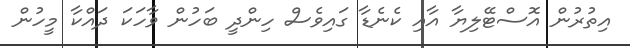
އިތުރުން އޮސްޓޭލިޔާ އާއި ކެނެޑާ ގައިވެސް ހިންދީ ބަހުން ވާހަކަ ދައްކާ މީހުން